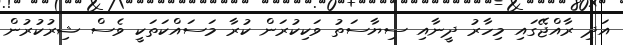
އަދި ރާއްޖޭގައި މިހާރު ދީނާއި ސިޔާސަތު ވަކިކުރަން ކުރާ މަސައްކަތަކީ ވެސް ޝިރުކުރުން